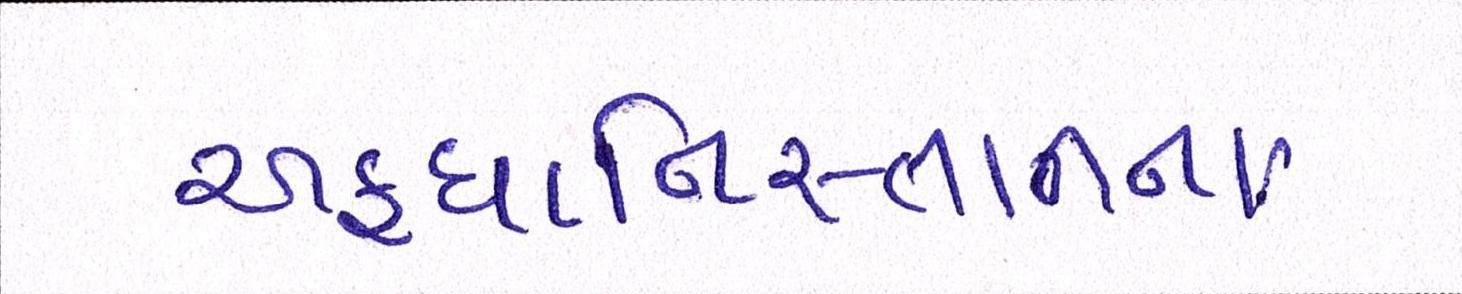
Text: અફઘાનિસ્તાનના